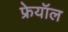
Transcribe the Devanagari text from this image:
फ्रेयॉल